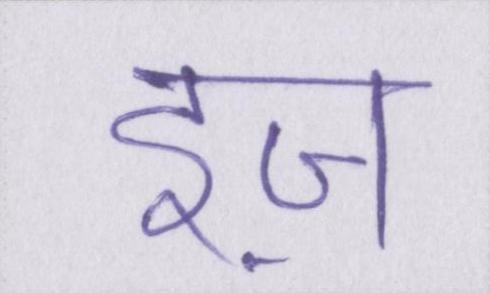
इज़